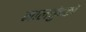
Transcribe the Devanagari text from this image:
नालचुंबकों